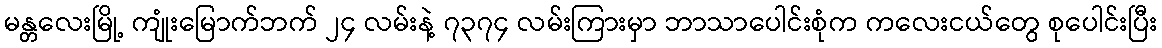
မန္တလေးမြို့ ကျုံးမြောက်ဘက် ၂၄ လမ်းနဲ့ ၇၃၇၄ လမ်းကြားမှာ ဘာသာပေါင်းစုံက ကလေးငယ်တွေ စုပေါင်းပြီး